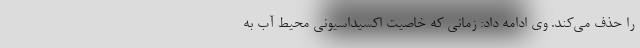
را حذف می‌کند. وی ادامه داد: زمانی که خاصیت اکسیداسیونی محیط آب به